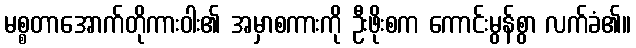
မစ္စတာအောက်တိုကားဝါး၏ အမှာစကားကို ဦးဖိုးစက ကောင်းမွန်စွာ လက်ခံ၏။